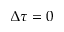
\Delta \tau = 0